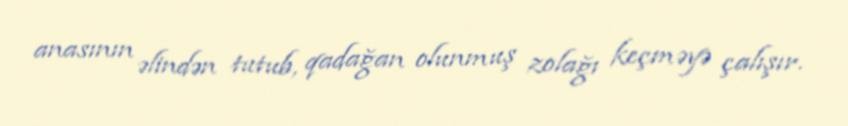
anasının əlindən tutub, qadağan olunmuş zolağı keçməyə çalışır.